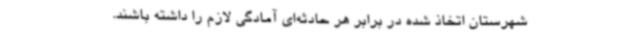
شهرستان اتخاذ شده در برابر هر حادثه‌ای آمادگی لازم را داشته باشند.